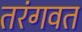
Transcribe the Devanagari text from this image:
तरंगवत